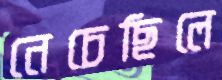
নেচেছিলে